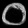
Digit: ၀